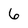
Character: 6